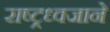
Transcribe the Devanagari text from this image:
राष्ट्रध्वजाने